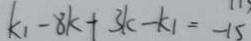
k _ { 1 } - 8 k + 3 k - k _ { 1 } = - 1 5